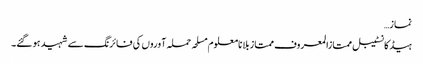
نماز…
ہیڈکانسٹیبل ممتازالمعروف ممتاز بلا نامعلوم مسلحہ حملہ آوروں کی فائرنگ سے شہید ہو گئے۔